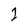
Character: 1